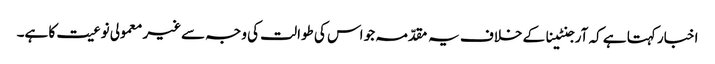
اخبار کہتا ہے کہ آرجنٹینا کے خلاف یہ مقدّمہ جو اس کی طوالت کی وجہ سےغیر معمولی نوعیت کا ہے۔